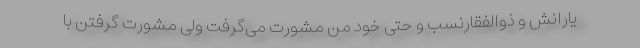
یارانش و ذوالفقارنسب و حتی خود من مشورت می‌گرفت ولی مشورت گرفتن با